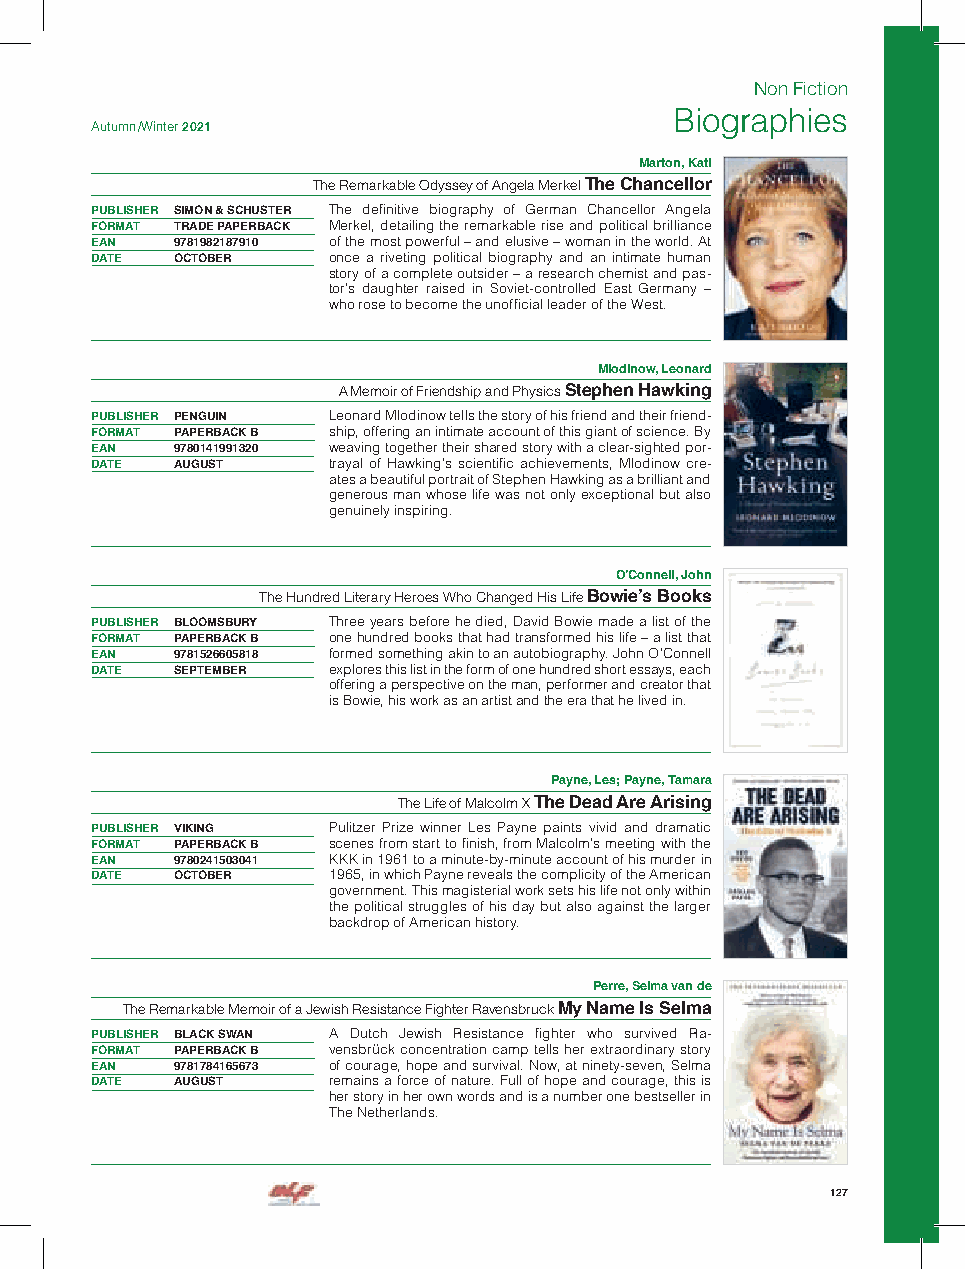
Non Fiction
 Biographies
 Autumn /Winter 2021
 Marton, Kati
 The Remarkable Odyssey of Angela Merkel The Chancellor
 PUBLISHER SIMON & SCHUSTER The definitive biography of German Chancellor Angela
 FORMAT TRADE PAPERBACK Merkel, detailing the remarkable rise and political brilliance
 EAN  9781982187910 of the most powerful – and elusive – woman in the world. At
 DATE OCTOBER    once a riveting political biography and an intimate human
 story of a complete outsider – a research chemist and pas-
 tor’s daughter raised in Soviet-controlled East Germany –
 who rose to become the unofficial leader of the West.
 Mlodinow, Leonard
 A Memoir of Friendship and Physics Stephen Hawking
 PUBLISHER PENGUIN Leonard Mlodinow tells the story of his friend and their friend-
 FORMAT PAPERBACK B ship, offering an intimate account of this giant of science. By
 EAN  9780141991320 weaving together their shared story with a clear-sighted por-
 DATE AUGUST     trayal of Hawking’s scientific achievements, Mlodinow cre-
 ates a beautiful portrait of Stephen Hawking as a brilliant and
 generous man whose life was not only exceptional but also
 genuinely inspiring.
 O’Connell, John
 The Hundred Literary Heroes Who Changed His Life Bowie’s Books
 PUBLISHER BLOOMSBURY Three years before he died, David Bowie made a list of the
 FORMAT PAPERBACK B one hundred books that had transformed his life – a list that
 EAN  9781526605818 formed something akin to an autobiography. John O’Connell
 DATE SEPTEMBER  explores this list in the form of one hundred short essays, each
 offering a perspective on the man, performer and creator that
 is Bowie, his work as an artist and the era that he lived in.
 Payne, Les; Payne, Tamara
 The Life of Malcolm X The Dead Are Arising
 PUBLISHER VIKING Pulitzer Prize winner Les Payne paints vivid and dramatic
 FORMAT PAPERBACK B scenes from start to finish, from Malcolm’s meeting with the
 EAN  9780241503041 KKK in 1961 to a minute-by-minute account of his murder in
 DATE OCTOBER    1965, in which Payne reveals the complicity of the American
 government. This magisterial work sets his life not only within
 the political struggles of his day but also against the larger
 backdrop of American history.
 Perre, Selma van de
 The Remarkable Memoir of a Jewish Resistance Fighter Ravensbruck My Name Is Selma
 PUBLISHER BLACK SWAN A Dutch Jewish Resistance fighter who survived Ra-
 FORMAT PAPERBACK B vensbrück concentration camp tells her extraordinary story
 EAN  9781784165673 of courage, hope and survival. Now, at ninety-seven, Selma
 DATE AUGUST     remains a force of nature. Full of hope and courage, this is
 her story in her own words and is a number one bestseller in
 The Netherlands.
 127